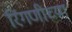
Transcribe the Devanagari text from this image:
रिंगणीच्या